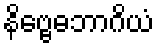
နိဗ္ဗေဓဘာဂိယံ